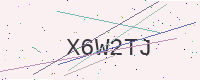
Text: X6W2TJ